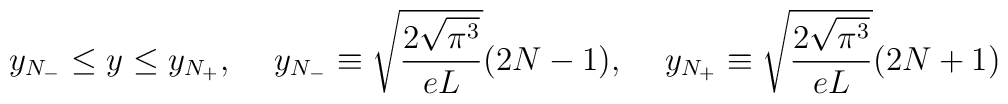
y_{N_-}\leq y \leq y_{N_+}, \hspace{0.5cm}   y_{N_-}\equiv \sqrt{ \frac{2\sqrt {\pi ^3}}{eL}} (2N-1), \hspace{0.5cm}   y_{N_+}\equiv \sqrt{ \frac{2\sqrt {\pi ^3}}{eL}} (2N+1)